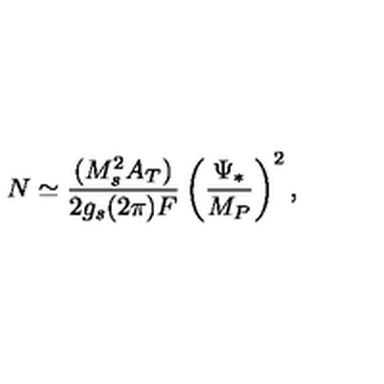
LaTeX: N \simeq \frac { ( M _ { s } ^ { 2 } A _ { T } ) } { 2 g _ { s } ( 2 \pi ) F } \left( \frac { \Psi _ { * } } { M _ { P } } \right) ^ { 2 } ,